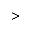
>